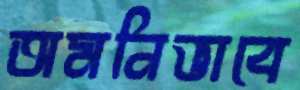
অমনিভাবে